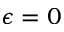
\epsilon = 0